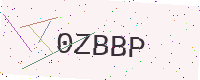
Text: 0ZBBP